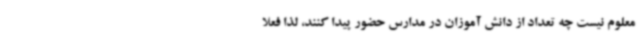
معلوم نیست چه تعداد از دانش آموزان در مدارس حضور پیدا کنند، لذا فعلا